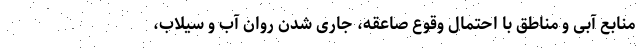
منابع آبی و مناطق با احتمال وقوع صاعقه، جاری شدن روان آب و سیلاب،